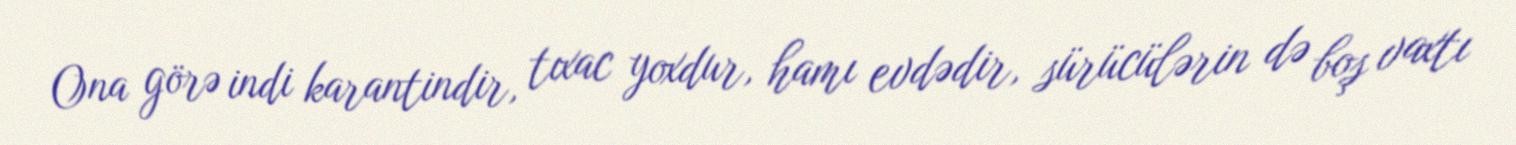
Ona görə indi karantindir, tıxac yoxdur, hamı evdədir, sürücülərin də boş vaxtı